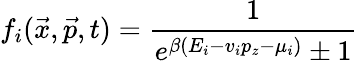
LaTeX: f_{i}(\vec{x},\vec{p},t)=\frac{1}{e^{\beta(E_{i}-v_{i}p_{z}-\mu_{i})}\pm 1}